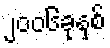
၂၀၀၆ခုနှစ်